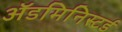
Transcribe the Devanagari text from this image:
ॲडमिनिस्टर्ड